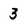
Character: 3